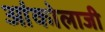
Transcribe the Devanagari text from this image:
आंकोलाजी